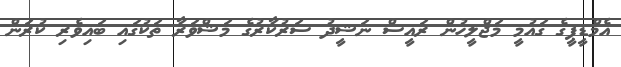
އެމްޑީޕީގެ ގައުމީ މަޖްލީހުން ރައީސް ނަޝީދު ސަރުކާރުގެ މަޝްވަރާ ތަކުގައި ބައިވެރި ކުރަން